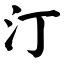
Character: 汀